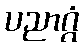
ပညာဂ္ဂံ